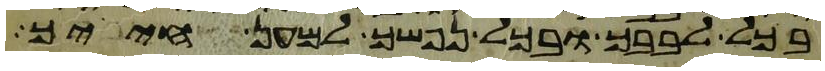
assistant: בכל לבבך ובכל נפשך למען חייך